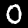
Label: 0